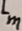
Text: Lm